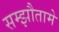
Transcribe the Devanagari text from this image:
सम्झौतामे